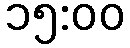
၁၅:၀၀